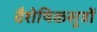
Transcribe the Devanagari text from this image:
वैशेषिकसूत्रों